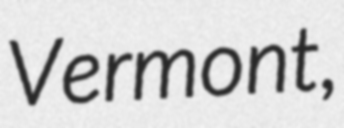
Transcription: Vermont,